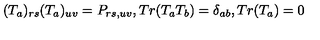
( T _ { a } ) _ { r s } ( T _ { a } ) _ { u v } = P _ { r s , u v } , T r ( T _ { a } T _ { b } ) = \delta _ { a b } , T r ( T _ { a } ) = 0